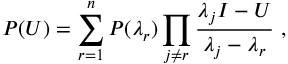
P ( U ) = \sum _ { r = 1 } ^ { n } P ( \lambda _ { r } ) \prod _ { j \not = r } { \frac { \lambda _ { j } I - U } { \lambda _ { j } - \lambda _ { r } } } \ ,